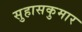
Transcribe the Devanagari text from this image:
सुहासकुमार